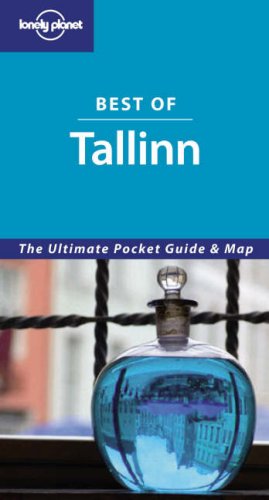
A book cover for Lonely Planet Best of Tallinn; Regis St Louis; Travel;